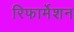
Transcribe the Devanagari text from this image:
रिफार्मेशन